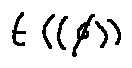
t ( ( \phi ) )